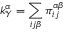
k _ { \mathcal { Y } } ^ { \alpha } = \sum _ { i j \beta } \pi _ { i j } ^ { \alpha \beta }